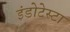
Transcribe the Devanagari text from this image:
इंडोटेस्टा